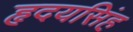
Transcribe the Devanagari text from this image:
हृदयसिंह